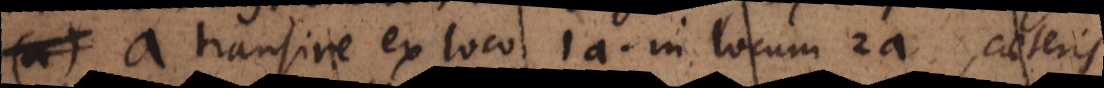
a transire ex loco 1a in locum 2a, ipsis